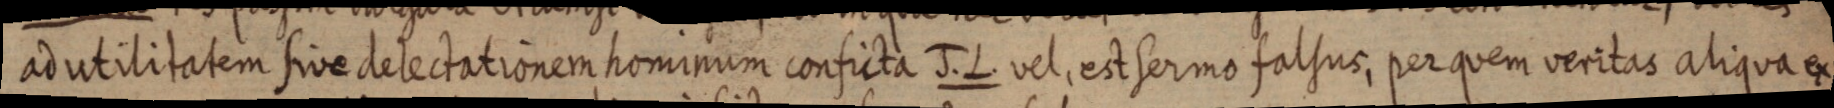
ad utilitatem sive delectationem hominum conficta J. L. vel. est sermo falsus, per quem veritas aliqua ex